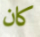
كان